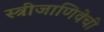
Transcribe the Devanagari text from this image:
स्त्रीजाणिवेची